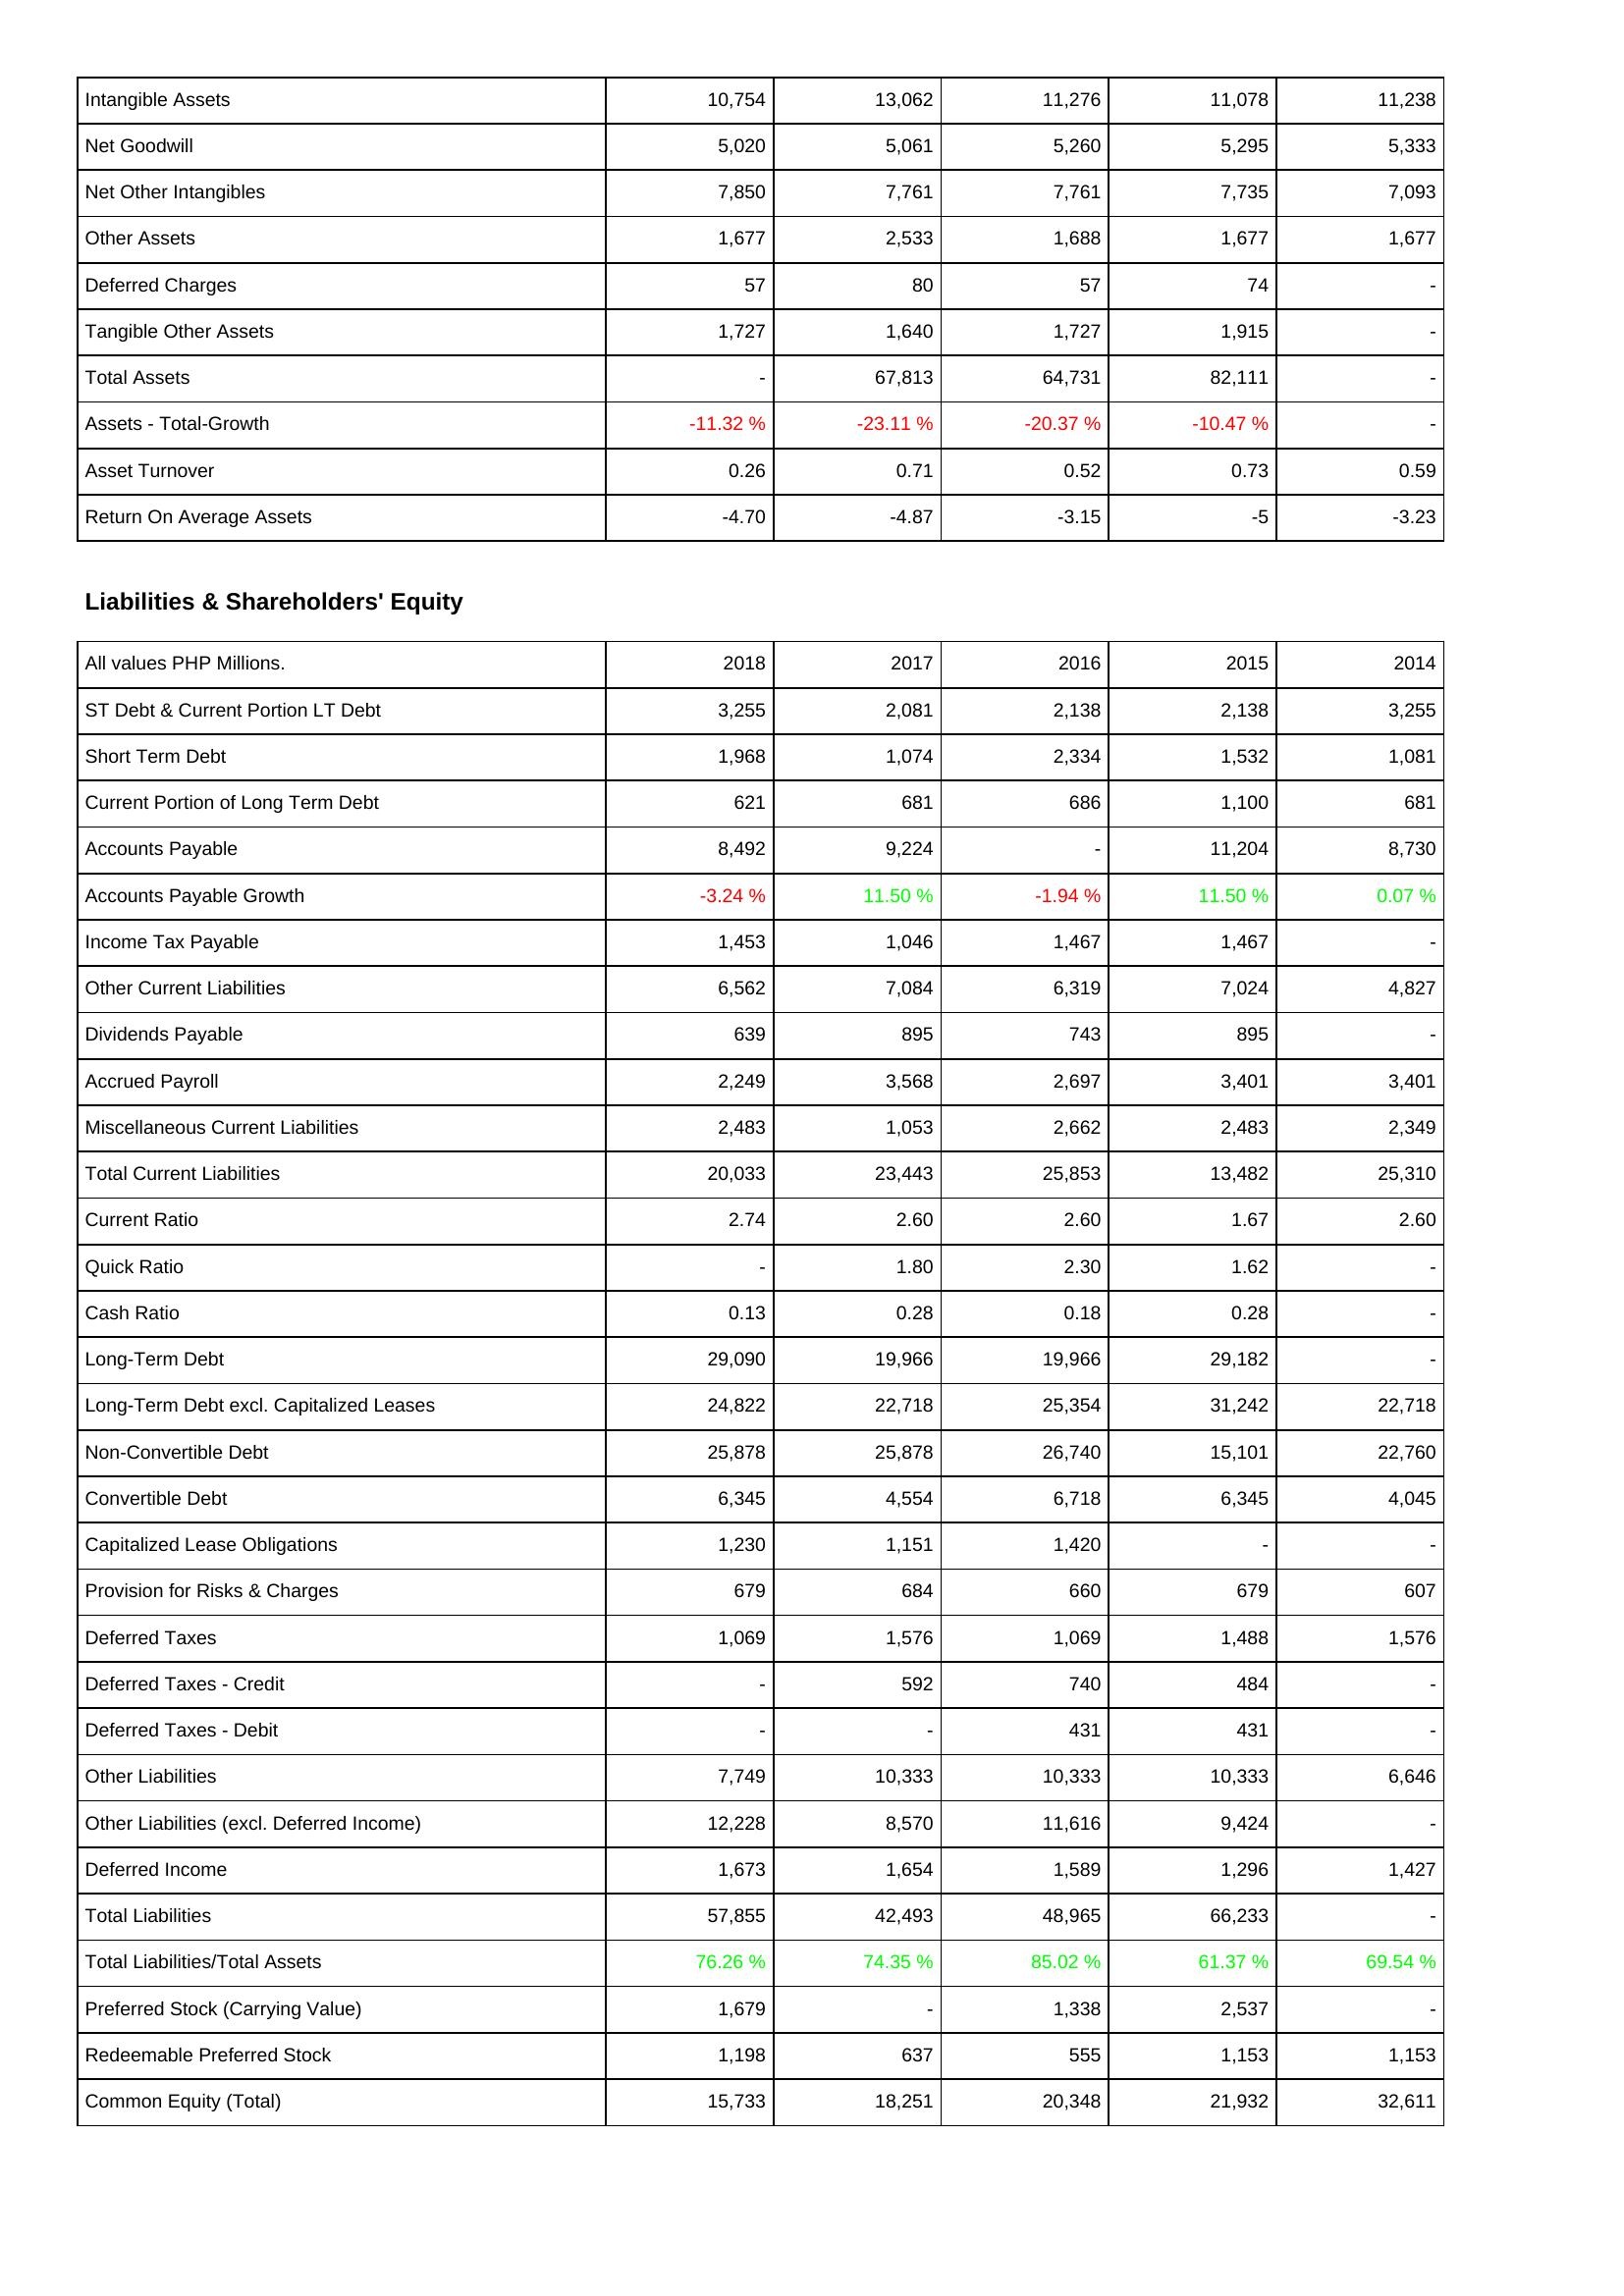
2018: Assets: Intangible Assets: 10,754
Net Goodwill: 5,020
Net Other Intangibles: 7,850
Other Assets: 1,677
Deferred Charges: 57
Tangible Other Assets: 1,727
Total Assets: -
Assets - Total-Growth: -11.32 %
Asset Turnover: 0.26
Return On Average Assets: -4.70
Liabilities & Shareholders' Equity: ST Debt & Current Portion LT Debt: 3,255
Short Term Debt: 1,968
Current Portion of Long Term Debt: 621
Accounts Payable: 8,492
Accounts Payable Growth: -3.24 %
Income Tax Payable: 1,453
Other Current Liabilities: 6,562
Dividends Payable: 639
Accrued Payroll: 2,249
Miscellaneous Current Liabilities: 2,483
Total Current Liabilities: 20,033
Current Ratio: 2.74
Quick Ratio: -
Cash Ratio: 0.13
Long-Term Debt: 29,090
Long-Term Debt excl. Capitalized Leases: 24,822
Non-Convertible Debt: 25,878
Convertible Debt: 6,345
Capitalized Lease Obligations: 1,230
Provision for Risks & Charges: 679
Deferred Taxes: 1,069
Deferred Taxes - Credit: -
Deferred Taxes - Debit: -
Other Liabilities: 7,749
Other Liabilities (excl. Deferred Income): 12,228
Deferred Income: 1,673
Total Liabilities: 57,855
Total Liabilities/Total Assets: 76.26 %
Preferred Stock (Carrying Value): 1,679
Redeemable Preferred Stock: 1,198
Common Equity (Total): 15,733
2017: Assets: Intangible Assets: 13,062
Net Goodwill: 5,061
Net Other Intangibles: 7,761
Other Assets: 2,533
Deferred Charges: 80
Tangible Other Assets: 1,640
Total Assets: 67,813
Assets - Total-Growth: -23.11 %
Asset Turnover: 0.71
Return On Average Assets: -4.87
Liabilities & Shareholders' Equity: ST Debt & Current Portion LT Debt: 2,081
Short Term Debt: 1,074
Current Portion of Long Term Debt: 681
Accounts Payable: 9,224
Accounts Payable Growth: 11.50 %
Income Tax Payable: 1,046
Other Current Liabilities: 7,084
Dividends Payable: 895
Accrued Payroll: 3,568
Miscellaneous Current Liabilities: 1,053
Total Current Liabilities: 23,443
Current Ratio: 2.60
Quick Ratio: 1.80
Cash Ratio: 0.28
Long-Term Debt: 19,966
Long-Term Debt excl. Capitalized Leases: 22,718
Non-Convertible Debt: 25,878
Convertible Debt: 4,554
Capitalized Lease Obligations: 1,151
Provision for Risks & Charges: 684
Deferred Taxes: 1,576
Deferred Taxes - Credit: 592
Deferred Taxes - Debit: -
Other Liabilities: 10,333
Other Liabilities (excl. Deferred Income): 8,570
Deferred Income: 1,654
Total Liabilities: 42,493
Total Liabilities/Total Assets: 74.35 %
Preferred Stock (Carrying Value): -
Redeemable Preferred Stock: 637
Common Equity (Total): 18,251
2016: Assets: Intangible Assets: 11,276
Net Goodwill: 5,260
Net Other Intangibles: 7,761
Other Assets: 1,688
Deferred Charges: 57
Tangible Other Assets: 1,727
Total Assets: 64,731
Assets - Total-Growth: -20.37 %
Asset Turnover: 0.52
Return On Average Assets: -3.15
Liabilities & Shareholders' Equity: ST Debt & Current Portion LT Debt: 2,138
Short Term Debt: 2,334
Current Portion of Long Term Debt: 686
Accounts Payable: -
Accounts Payable Growth: -1.94 %
Income Tax Payable: 1,467
Other Current Liabilities: 6,319
Dividends Payable: 743
Accrued Payroll: 2,697
Miscellaneous Current Liabilities: 2,662
Total Current Liabilities: 25,853
Current Ratio: 2.60
Quick Ratio: 2.30
Cash Ratio: 0.18
Long-Term Debt: 19,966
Long-Term Debt excl. Capitalized Leases: 25,354
Non-Convertible Debt: 26,740
Convertible Debt: 6,718
Capitalized Lease Obligations: 1,420
Provision for Risks & Charges: 660
Deferred Taxes: 1,069
Deferred Taxes - Credit: 740
Deferred Taxes - Debit: 431
Other Liabilities: 10,333
Other Liabilities (excl. Deferred Income): 11,616
Deferred Income: 1,589
Total Liabilities: 48,965
Total Liabilities/Total Assets: 85.02 %
Preferred Stock (Carrying Value): 1,338
Redeemable Preferred Stock: 555
Common Equity (Total): 20,348
2015: Assets: Intangible Assets: 11,078
Net Goodwill: 5,295
Net Other Intangibles: 7,735
Other Assets: 1,677
Deferred Charges: 74
Tangible Other Assets: 1,915
Total Assets: 82,111
Assets - Total-Growth: -10.47 %
Asset Turnover: 0.73
Return On Average Assets: -5
Liabilities & Shareholders' Equity: ST Debt & Current Portion LT Debt: 2,138
Short Term Debt: 1,532
Current Portion of Long Term Debt: 1,100
Accounts Payable: 11,204
Accounts Payable Growth: 11.50 %
Income Tax Payable: 1,467
Other Current Liabilities: 7,024
Dividends Payable: 895
Accrued Payroll: 3,401
Miscellaneous Current Liabilities: 2,483
Total Current Liabilities: 13,482
Current Ratio: 1.67
Quick Ratio: 1.62
Cash Ratio: 0.28
Long-Term Debt: 29,182
Long-Term Debt excl. Capitalized Leases: 31,242
Non-Convertible Debt: 15,101
Convertible Debt: 6,345
Capitalized Lease Obligations: -
Provision for Risks & Charges: 679
Deferred Taxes: 1,488
Deferred Taxes - Credit: 484
Deferred Taxes - Debit: 431
Other Liabilities: 10,333
Other Liabilities (excl. Deferred Income): 9,424
Deferred Income: 1,296
Total Liabilities: 66,233
Total Liabilities/Total Assets: 61.37 %
Preferred Stock (Carrying Value): 2,537
Redeemable Preferred Stock: 1,153
Common Equity (Total): 21,932
2014: Assets: Intangible Assets: 11,238
Net Goodwill: 5,333
Net Other Intangibles: 7,093
Other Assets: 1,677
Deferred Charges: -
Tangible Other Assets: -
Total Assets: -
Assets - Total-Growth: -
Asset Turnover: 0.59
Return On Average Assets: -3.23
Liabilities & Shareholders' Equity: ST Debt & Current Portion LT Debt: 3,255
Short Term Debt: 1,081
Current Portion of Long Term Debt: 681
Accounts Payable: 8,730
Accounts Payable Growth: 0.07 %
Income Tax Payable: -
Other Current Liabilities: 4,827
Dividends Payable: -
Accrued Payroll: 3,401
Miscellaneous Current Liabilities: 2,349
Total Current Liabilities: 25,310
Current Ratio: 2.60
Quick Ratio: -
Cash Ratio: -
Long-Term Debt: -
Long-Term Debt excl. Capitalized Leases: 22,718
Non-Convertible Debt: 22,760
Convertible Debt: 4,045
Capitalized Lease Obligations: -
Provision for Risks & Charges: 607
Deferred Taxes: 1,576
Deferred Taxes - Credit: -
Deferred Taxes - Debit: -
Other Liabilities: 6,646
Other Liabilities (excl. Deferred Income): -
Deferred Income: 1,427
Total Liabilities: -
Total Liabilities/Total Assets: 69.54 %
Preferred Stock (Carrying Value): -
Redeemable Preferred Stock: 1,153
Common Equity (Total): 32,611